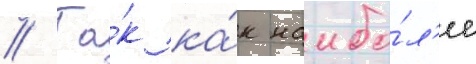
// Та́к ка́к наибо́л'ее